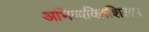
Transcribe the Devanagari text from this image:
अभिव्यक्तिशिलप